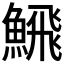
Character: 𩹉